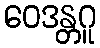
ဝေဒန္တဂူ